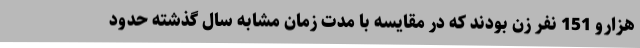
هزارو 151 نفر زن بودند که در مقایسه با مدت زمان مشابه سال گذشته حدود